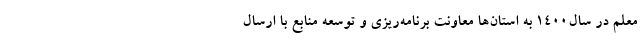
معلم در سال۱۴۰۰ به استان‌ها معاونت برنامه‌ریزی و توسعه منابع با ارسال